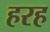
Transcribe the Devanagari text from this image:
हरह